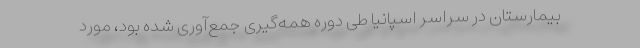
بیمارستان در سراسر اسپانیا طی دوره همه‌گیری جمع‌آوری شده بود، مورد